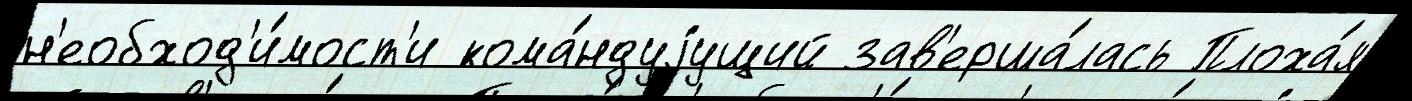
н'еобход'и́мост'и кома́ндуjущий зав'ерша́лась Плоха́я